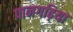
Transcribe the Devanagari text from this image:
पानगढ़िया